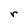
Character: r